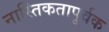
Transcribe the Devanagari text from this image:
नास्तिकतापूर्वक